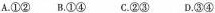
A. ①② B.①④ C.②③ D.③④